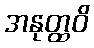
အနုတ္ထဝိ